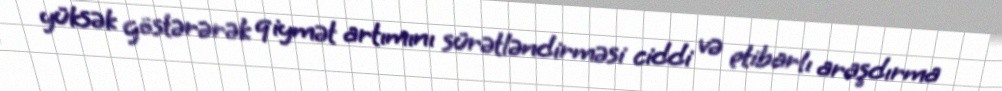
yüksək göstərərək qiymət artımını sürətləndirməsi ciddi və etibarlı araşdırma